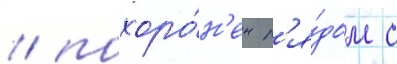
/ похоро́н'ен р'я́дом с